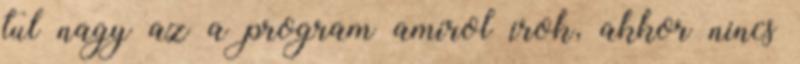
tul nagy az a program amirol irok, akkor nincs